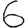
Digit: 6